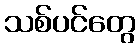
သစ်ပင်တွေ